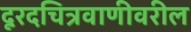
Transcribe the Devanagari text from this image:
दूरदचित्रवाणीवरील